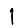
Digit: 1